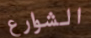
الشوارع